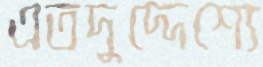
এতদুদ্দেশ্যে